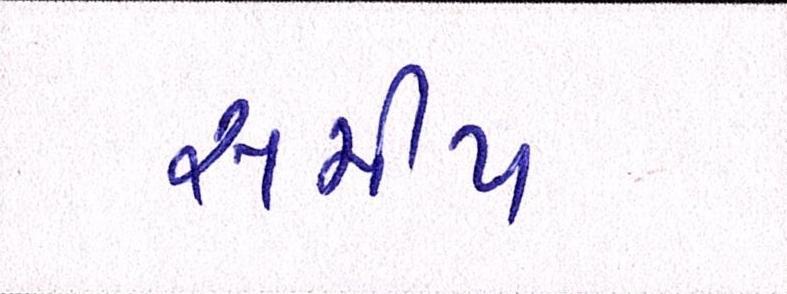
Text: સમીપ